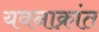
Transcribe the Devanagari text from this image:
यवनाक्रांत